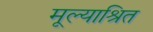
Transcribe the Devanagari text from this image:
मूल्याश्रित